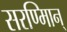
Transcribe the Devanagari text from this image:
सरण्मािन्‌